65_HS1-834228961_62-HQ-83894_Section_6
Agency: FBI
Page 9
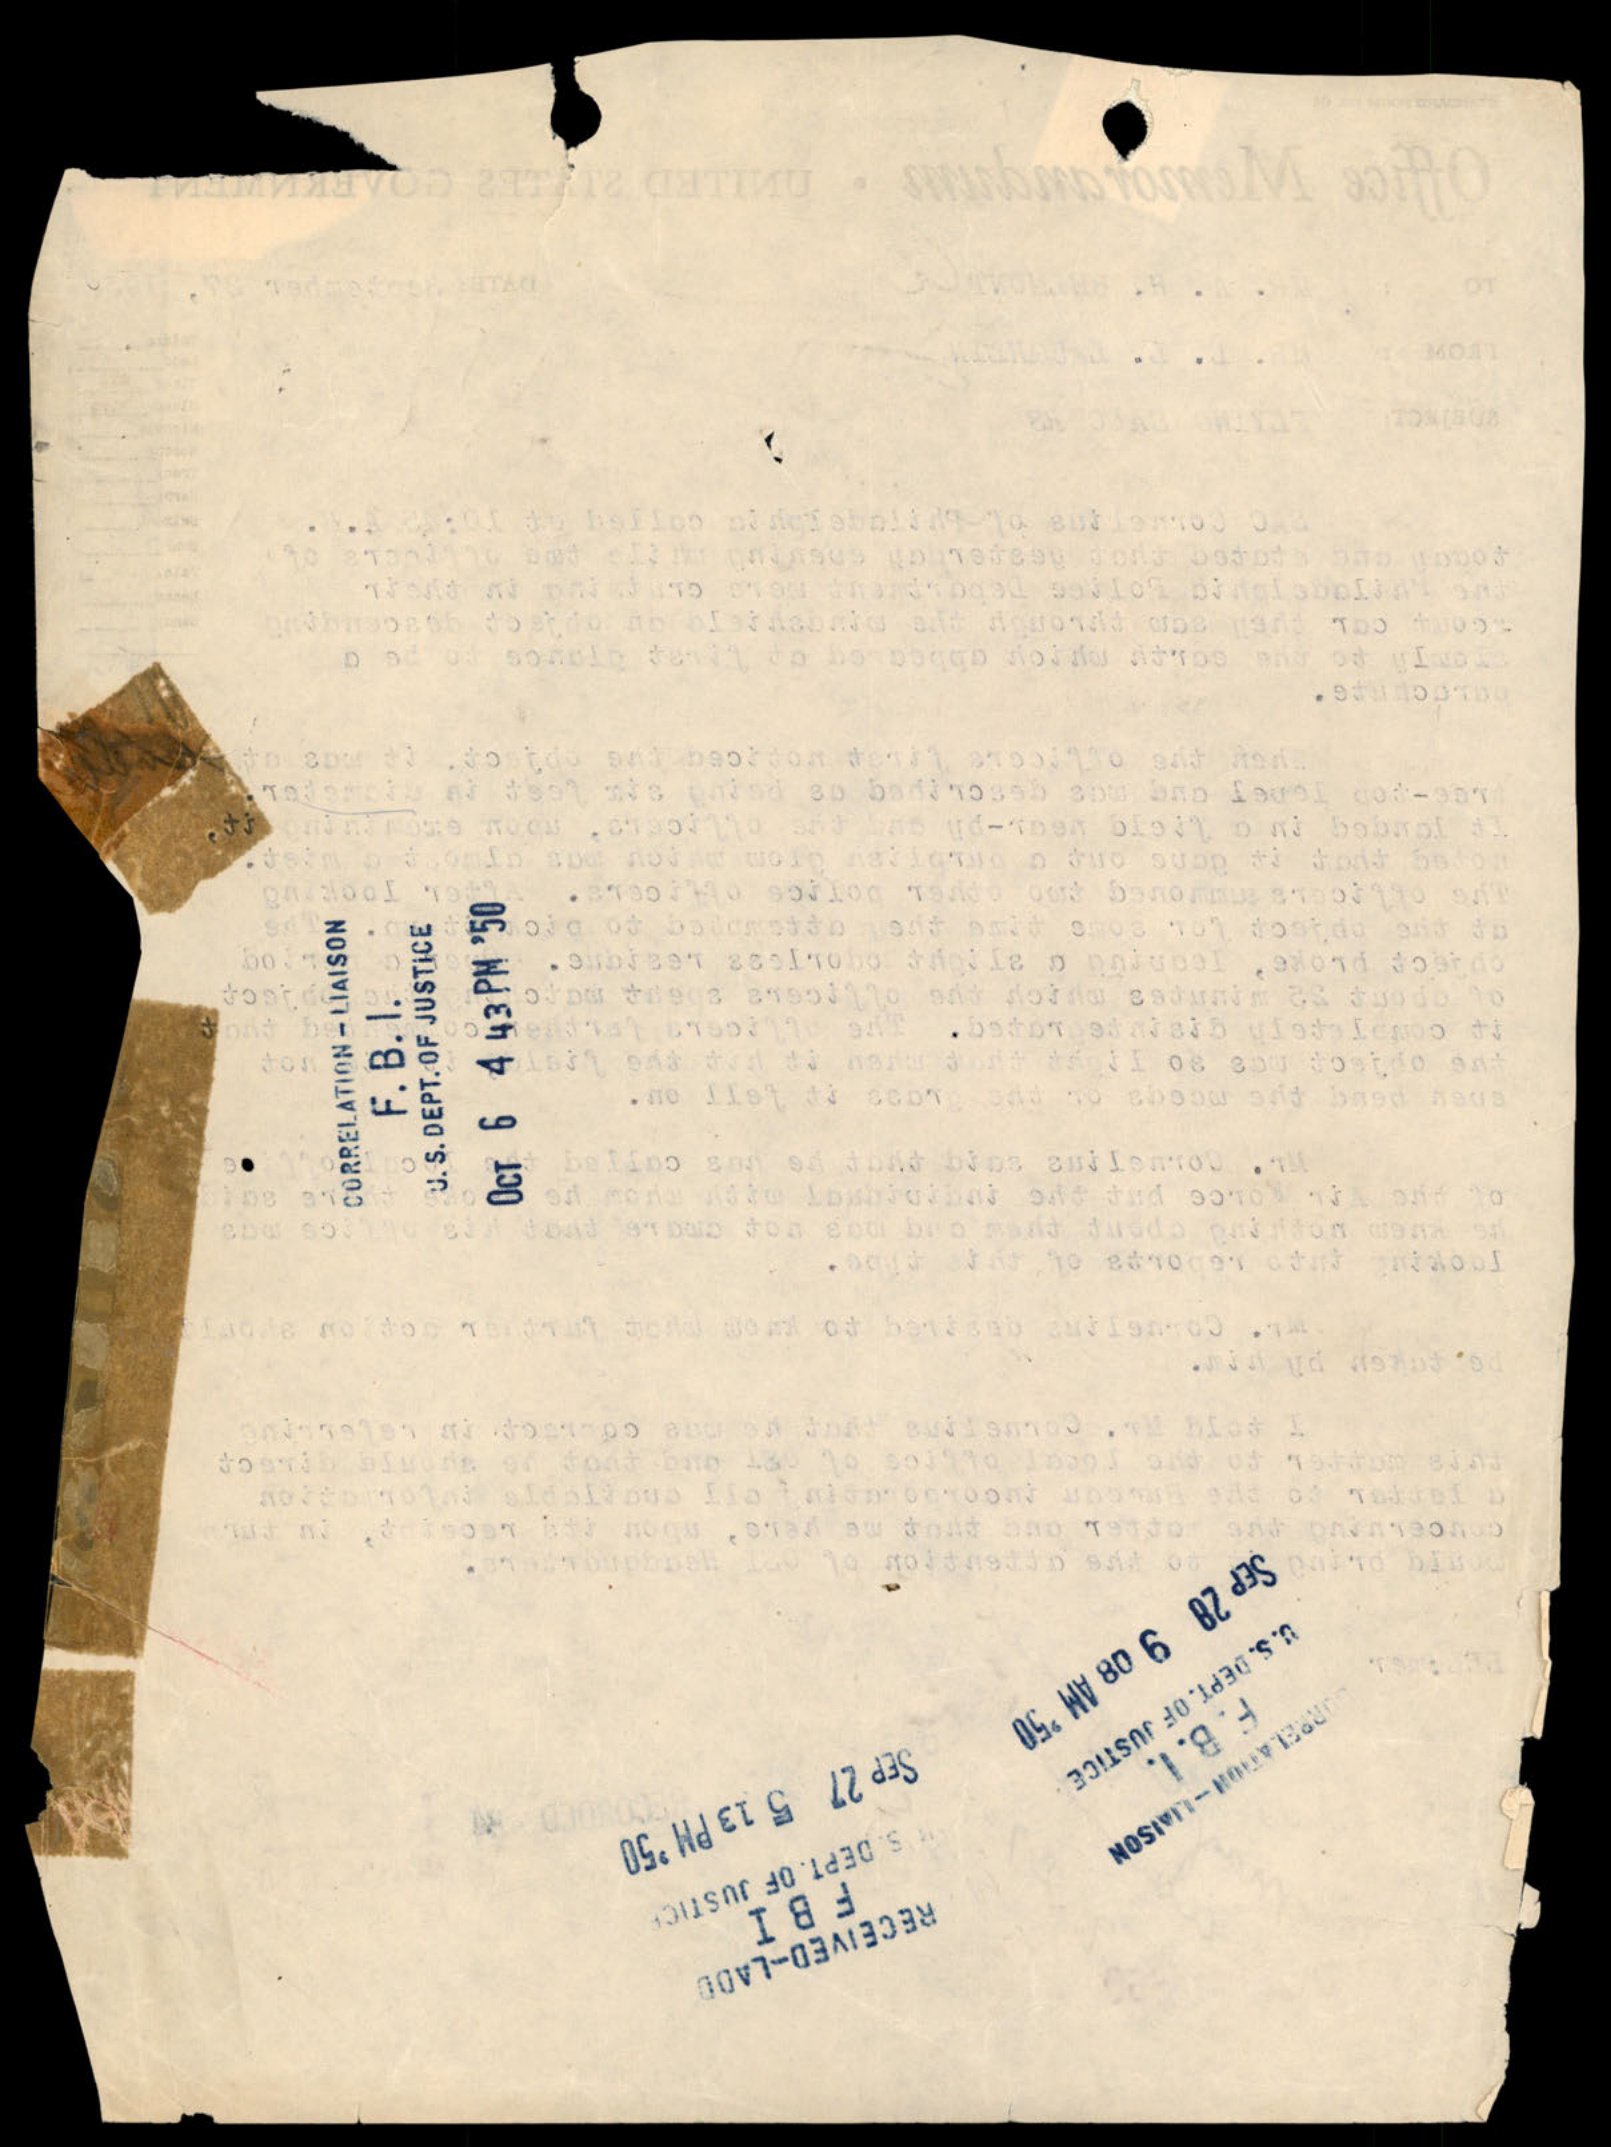